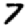
Digit: 7